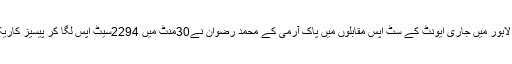
ایوب سٹیڈیم لاہور میں جاری ایونٹ کے سِٹ اپس مقابلوں میں پاک آرمی کے محمد رضوان نے30منٹ میں 2294سیٹ اپس لگا کر پیسیز کاریکارڈ قائم کیا۔